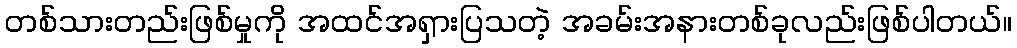
တစ်သားတည်းဖြစ်မှုကို အထင်အရှားပြသတဲ့ အခမ်းအနားတစ်ခုလည်းဖြစ်ပါတယ်။